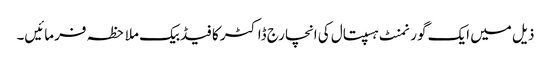
ذیل میں ایک گورنمنٹ ہسپتال کی انچارج ڈاکٹر کا فیڈبیک ملاحظہ فرمائیں۔